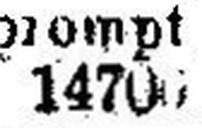
14700